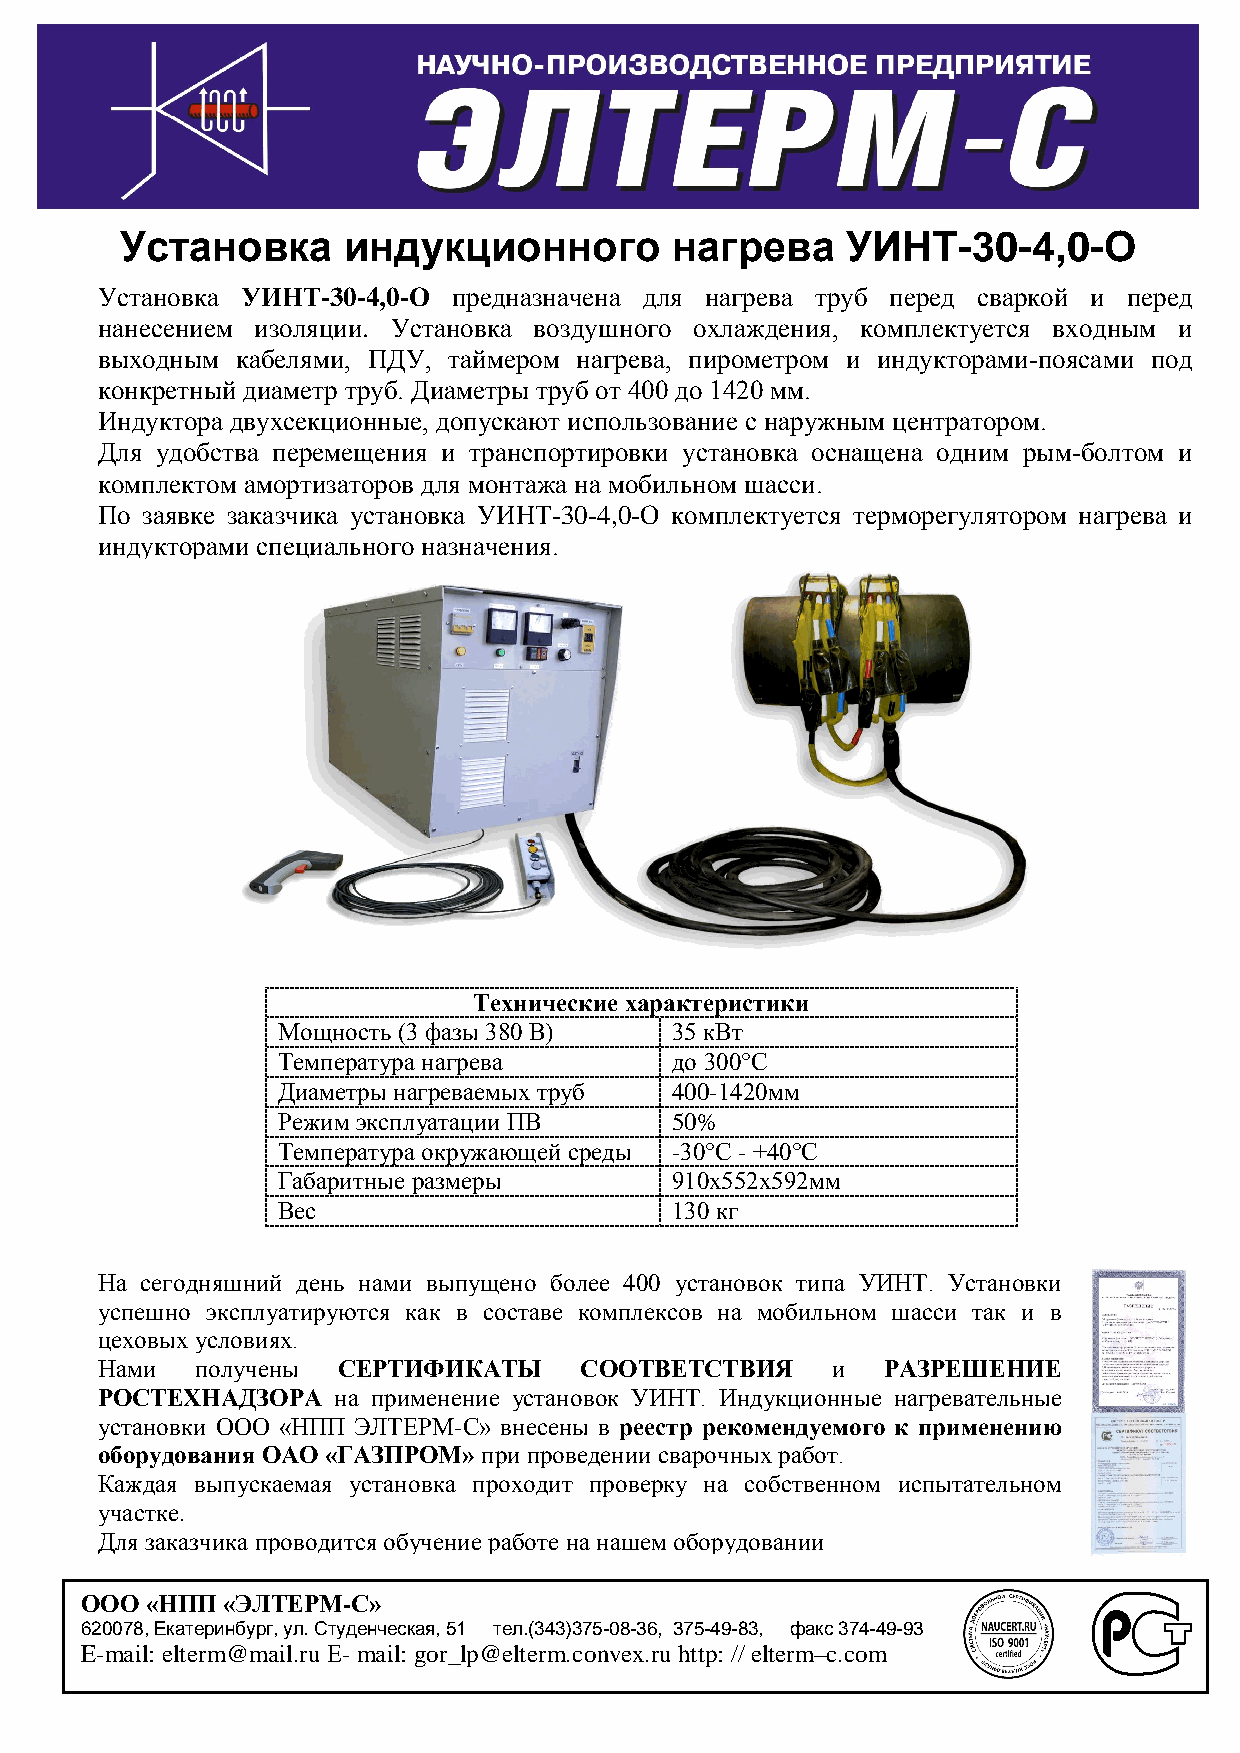
Установка      индукционного        нагрева     УИНТ-30-4,0-О
 Установка УИНТ-30-4,0-О предназначена для нагрева труб перед сваркой и перед
 нанесением изоляции. Установка воздушного охлаждения, комплектуется входным и
 выходным  кабелями, ПДУ, таймером нагрева, пирометром и индукторами-поясами под
 конкретный диаметр труб. Диаметры труб от 400 до 1420 мм.
 Индуктора двухсекционные, допускают использование с наружным центратором.
 Для удобства перемещения и транспортировки установка оснащена одним рым-болтом и
 комплектом амортизаторов для монтажа на мобильном шасси.
 По заявке заказчика установка УИНТ-30-4,0-О комплектуется терморегулятором нагрева и
 индукторами специального назначения.
 Технические характеристики
 Мощность (3 фазы 380 В)   35 кВт
 Температура нагрева       до 300°С
 Диаметры нагреваемых труб 400-1420мм
 Режим эксплуатации ПВ     50%
 Температура окружающей среды -30°С - +40°С
 Габаритные размеры        910х552х592мм
 Вес                       130 кг
 На сегодняшний день нами выпущено более 400 установок типа УИНТ. Установки
 успешно эксплуатируются как в составе комплексов на мобильном шасси так и в
 цеховых условиях.
 Нами   получены СЕРТИФИКАТЫ     СООТВЕТСТВИЯ     и  РАЗРЕШЕНИЕ
 РОСТЕХНАДЗОРА   на применение установок УИНТ. Индукционные нагревательные
 установки ООО «НПП ЭЛТЕРМ-С» внесены в реестр рекомендуемого к применению
 оборудования ОАО «ГАЗПРОМ» при проведении сварочных работ.
 Каждая выпускаемая установка проходит проверку на собственном испытательном
 участке.
 Для заказчика проводится обучение работе на нашем оборудовании
 ООО  «НПП «ЭЛТЕРМ-С»
 620078, Екатеринбург, ул. Студенческая, 51 тел.(343)375-08-36, 375-49-83, факс 374-49-93
 E-mail: elterm@mail.ru Е- mail: gor_lp@elterm.convex.ru http: // elterm–c.com